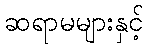
ဆရာမများနှင့်